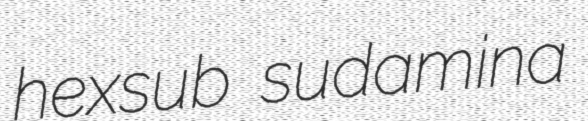
hexsub sudamina